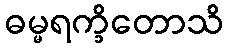
ဓမ္မရက္ခိတောသိ